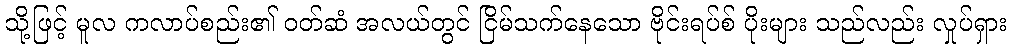
သို့ဖြင့် မူလ ကလာပ်စည်း၏ ဝတ်ဆံ အလယ်တွင် ငြိမ်သက်နေသော ဗိုင်းရပ်စ် ပိုးများ သည်လည်း လှုပ်ရှား